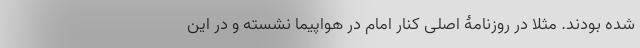
شده بودند. مثلا در روزنامۀ اصلی کنار امام در هواپیما نشسته و در این